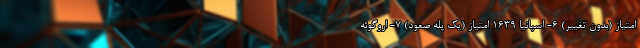
امتیاز (بدون تغییر) 6- اسپانیا 1639 امتیاز (یک پله صعود) 7- اروگوئه